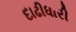
દાઢીધારી